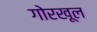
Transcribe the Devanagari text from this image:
गोरखूल